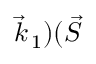
\vec { k } _ { \, 1 } ) ( \vec { S }